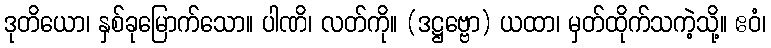
ဒုတိယော၊ နှစ်ခုမြောက်သော။ ပါဏိ၊ လတ်ကို။ (ဒဋ္ဌဗ္ဗော) ယထာ၊ မှတ်ထိုက်သကဲ့သို့။ ဧဝံ၊